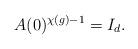
LaTeX: \begin{align*}A(0)^{\chi(g)-1}=I_d.\end{align*}